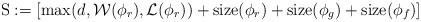
\begin{align*}{\rm S}:=\left[\max(d,\mathcal{W}(\phi_r),\mathcal{L}(\phi_r))+{\rm size}(\phi_r)+{\rm size}(\phi_g)+{\rm size}(\phi_f)\right]\end{align*}